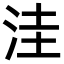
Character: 洼